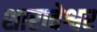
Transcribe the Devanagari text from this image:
शाराबेश्वर